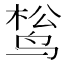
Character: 𬸔